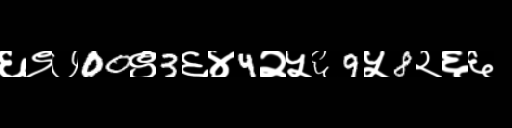
Text: ६९७00९3६४4२५६9५8२६६